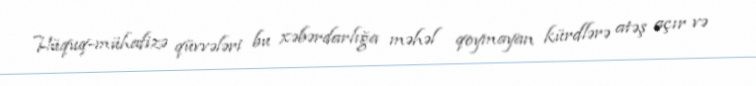
Hüquq-mühafizə qüvvələri bu xəbərdarlığa məhəl qoymayan kürdlərə atəş açır və